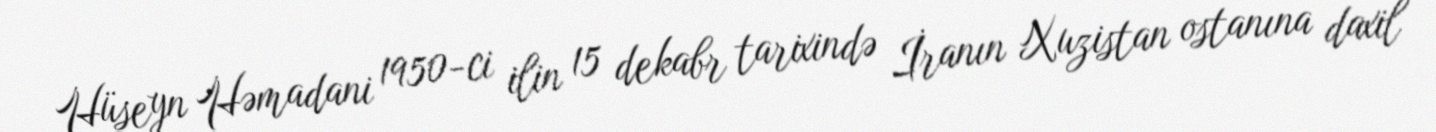
Hüseyn Həmadani 1950-ci ilin 15 dekabr tarixində İranın Xuzistan ostanına daxil